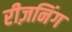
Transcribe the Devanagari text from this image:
रीज़निंग